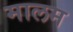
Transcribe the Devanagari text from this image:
मालम